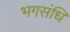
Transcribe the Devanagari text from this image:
भगसंधि